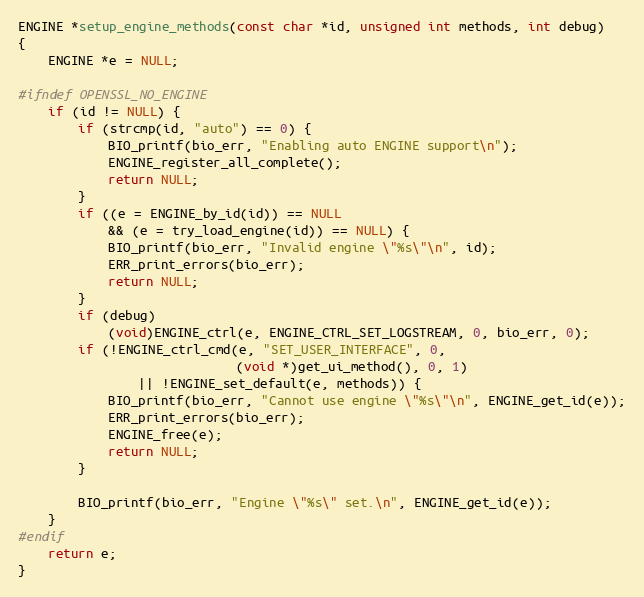
Language: C
ENGINE *setup_engine_methods(const char *id, unsigned int methods, int debug)
{
    ENGINE *e = NULL;

#ifndef OPENSSL_NO_ENGINE
    if (id != NULL) {
        if (strcmp(id, "auto") == 0) {
            BIO_printf(bio_err, "Enabling auto ENGINE support\n");
            ENGINE_register_all_complete();
            return NULL;
        }
        if ((e = ENGINE_by_id(id)) == NULL
            && (e = try_load_engine(id)) == NULL) {
            BIO_printf(bio_err, "Invalid engine \"%s\"\n", id);
            ERR_print_errors(bio_err);
            return NULL;
        }
        if (debug)
            (void)ENGINE_ctrl(e, ENGINE_CTRL_SET_LOGSTREAM, 0, bio_err, 0);
        if (!ENGINE_ctrl_cmd(e, "SET_USER_INTERFACE", 0,
                             (void *)get_ui_method(), 0, 1)
                || !ENGINE_set_default(e, methods)) {
            BIO_printf(bio_err, "Cannot use engine \"%s\"\n", ENGINE_get_id(e));
            ERR_print_errors(bio_err);
            ENGINE_free(e);
            return NULL;
        }

        BIO_printf(bio_err, "Engine \"%s\" set.\n", ENGINE_get_id(e));
    }
#endif
    return e;
}